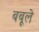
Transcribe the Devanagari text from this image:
बबूले